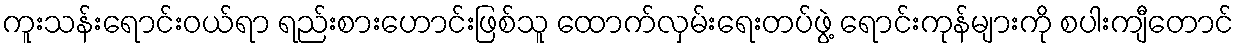
ကူးသန်းရောင်းဝယ်ရာ ရည်းစားဟောင်းဖြစ်သူ ထောက်လှမ်းရေးတပ်ဖွဲ့ ရောင်းကုန်များကို စပါးကျီတောင်